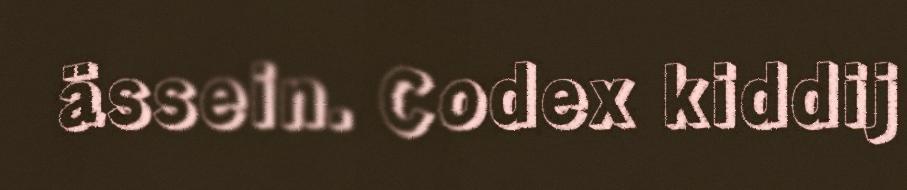
ässein. Codex kiddij